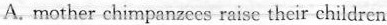
A.mother chimpanzees raise their children